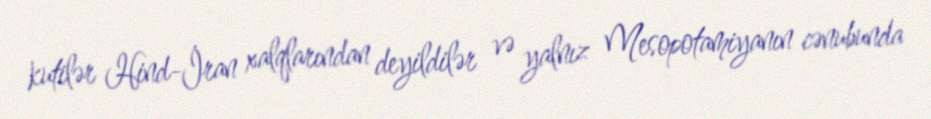
kutilər Hind-İran xalqlarından deyildilər və yalnız Mesopotamiyanın cənubunda